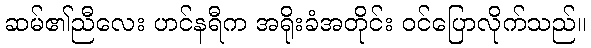
ဆမ်၏ညီလေး ဟင်နရီက အရိုးခံအတိုင်း ဝင်ပြောလိုက်သည်။